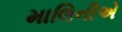
માલિનીએ